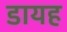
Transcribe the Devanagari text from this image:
डायह